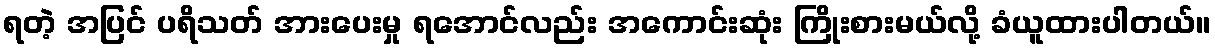
ရတဲ့ အပြင် ပရိသတ် အားပေးမှု ရအောင်လည်း အကောင်းဆုံး ကြိုးစားမယ်လို့ ခံယူထားပါတယ်။